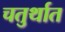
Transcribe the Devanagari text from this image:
चतुर्थात